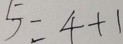
5 = 4 + 1